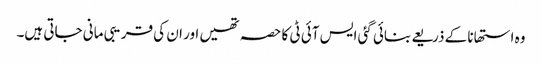
وہ استھانا کے ذریعے بنائی گئی ایس آئی ٹی کا حصہ تھیں اور ان کی قریبی مانی جاتی ہیں۔